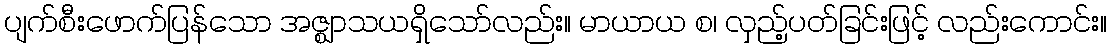
ပျက်စီးဖောက်ပြန်သော အဇ္ဈာသယရှိသော်လည်း။ မာယာယ စ၊ လှည့်ပတ်ခြင်းဖြင့် လည်းကောင်း။